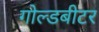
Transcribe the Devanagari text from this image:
गोल्डबीटर